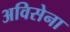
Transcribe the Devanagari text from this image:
अविसेना